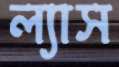
ল্যাস